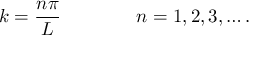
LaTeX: k = { \frac { n \pi } { L } } \qquad \qquad n = 1 , 2 , 3 , \ldots .